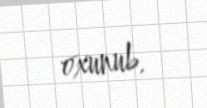
oxunub.